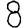
Digit: 8